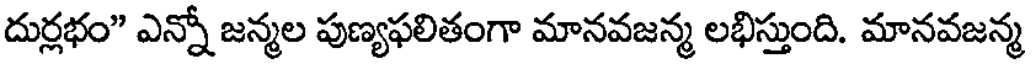
దుర్లభం" ఎన్నో జన్మల పుణ్యఫలితంగా మానవజన్మ లభిస్తుంది. మానవజన్మ